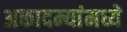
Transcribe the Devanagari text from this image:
अकादम्यांमध्ये